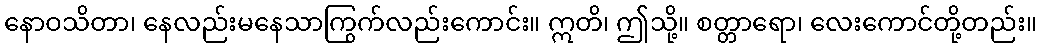
နောဝသိတာ၊ နေလည်းမနေသာကြွက်လည်းကောင်း။ ဣတိ၊ ဤသို့။ စတ္တာရော၊ လေးကောင်တို့တည်း။